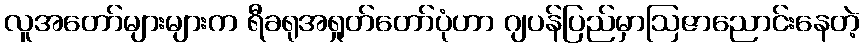
လူအတော်များများက ရီခရုအရှုတ်တော်ပုံဟာ ဂျပန်ပြည်မှာဩဇာညောင်းနေတဲ့